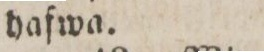
hafwa.